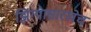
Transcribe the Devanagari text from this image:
झिंग्यासारखेच